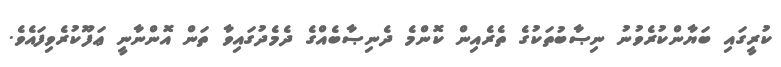
ކުރީގައި ބަޔާންކުރެވުނު ނިޞާބުތަކުގެ ތެރެއިން ކޮންމެ ދެނިޞާބެއްގެ ދެމެދުގައިވާ ތަން އޮންނާނީ ޢަފޫކުރެވިފައެވެ.